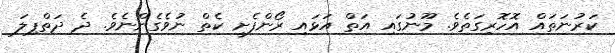
ކަރުނަތައް އޮހޮރިގަތެވެ. މޫނުގައި އަތް އަޅައި ރޯންފެށީ ކެތް ނުވެގެންނެވެ. ދެ ދަތްޕިލަ